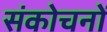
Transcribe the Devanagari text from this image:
संकोचनों